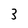
Character: 3